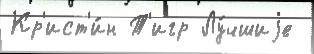
Кр'ист'и́н Т'игр Лу́чшиjе